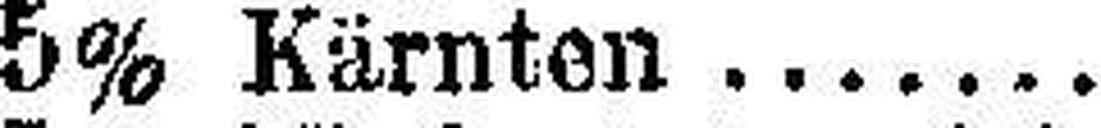
5% Kärnten .......... „ „ „ „